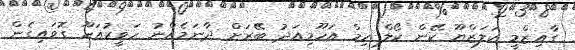
ގާއިޒްމީ ކަލަޒްޔޫ ކޭން ކޯލް ހިމް އަހޫމިއަދު ބޭރަށް ދާނަމެއްނު ހަވީރުއަހޫ ގޮވައިގެން